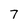
Character: 7